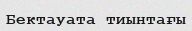
Бектауата тиынтағы